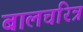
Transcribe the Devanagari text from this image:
बालचरित्र